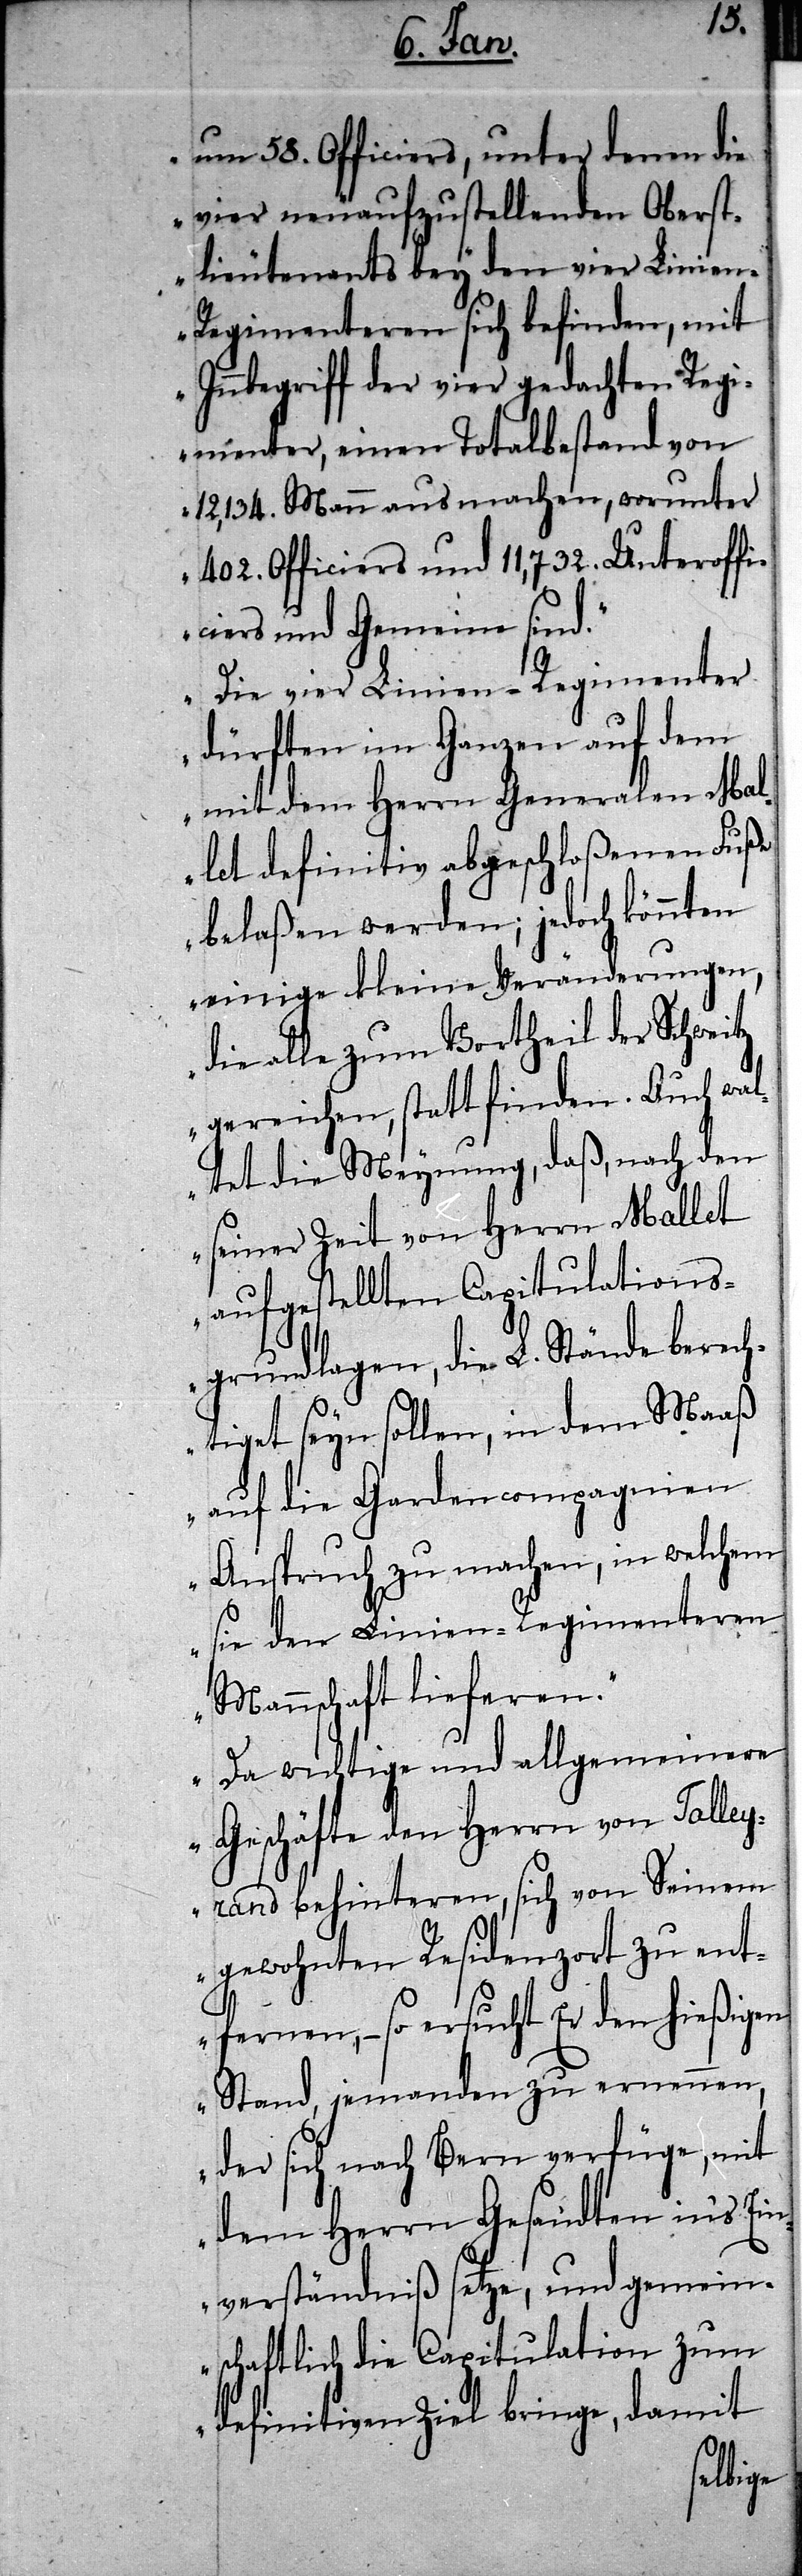
um 58. Officiers, unter denen die
vier neu aufzustellenden Oberst¬
lieutenants bey den vier Linie¬
n-Regimenteren sich befinden, mit
Innbegriff der vier gedachten Regi¬
menter, einen Totalbestand von
12,134. Mann ausmachen, worunter
402. Officiers und 11,732. Unteroffi¬
ciers und Gemeine sind.“
„Die vier Linien-Regimenter
dürften im Ganzen auf dem
mit dem Herrn Generalen Mal¬
let definitiv abgeschloßenen Fuße
belaßen werden; jedoch könnten
einige kleine Veränderungen,
die alle zum Vortheil der Schweitz
gereichen, statt finden. Auch wal¬
tet die Meynung, daß, nach den
seiner Zeit von Herrn Mallet
aufgestellten Capitulations¬
grundlagen, die L. Stände berech¬
tiget seyn sollen, in dem Maaß
auf die Gardencompagnien
Anspruch zu machen, in welchem
sie den Linien-Regimenteren
Mannschaft lieferen.“
„Da wichtige und allgemeinere
Geschäfte den Herrn von Talley¬
rand behinteren, sich von Seinem
gewohnten Residenzort zu ent¬
fernen, – so ersucht Er den hießigen
Stand, jemanden zu ernennen,
der sich nach Bern verfüge, mit
dem Herrn Gesandten in‘s Ein¬
verständniß setze, und gemein¬
schaftlich die Capitulation zum
definitiven Ziel bringe, damit